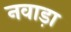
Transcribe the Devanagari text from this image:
नवाड़ा